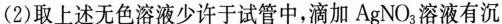
(2)取上述无色溶液少许于试管中，滴加AgNO_{3}溶液有沉